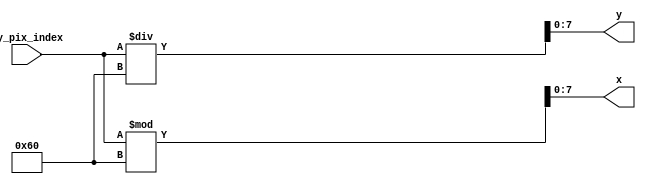
`timescale 1ns / 1ps
//////////////////////////////////////////////////////////////////////////////////
// Company: 
// Engineer: 
// 
// Design Name: 
// Module Name: xy_coordinates
// Project Name: 
// Target Devices: 
// Tool Versions: 
// Description: 
// 
// Dependencies: 
// 
// Revision:
// Revision 0.01 - File Created
// Additional Comments:
// 
//////////////////////////////////////////////////////////////////////////////////


module xy_coordinates(
    input[12:0] my_pix_index, output[7:0] x, y
    );
assign x = my_pix_index % 96;
assign y = my_pix_index / 96;
endmodule